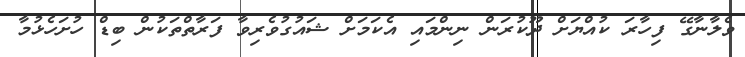
ވެލާނާގޭ ފިހާރަ ކުއްޔަށް ދޫކުރަން ނިންމައި އެކަމަށް ޝައުގުވެރިވާ ފަރާތްތަކުން ބިޑް ހުށަހެޅުމާ